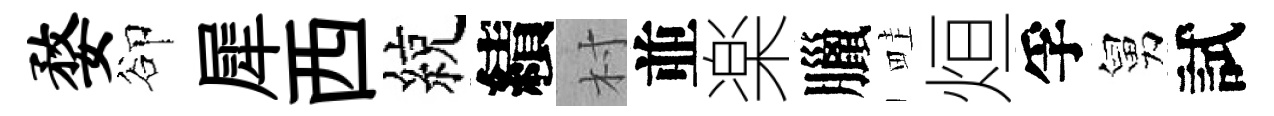
婺卻犀西綂績村並楽臘畦烜孚舅試